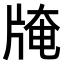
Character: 𤗎